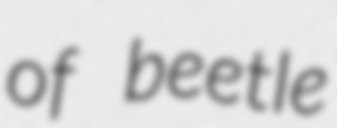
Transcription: of beetle